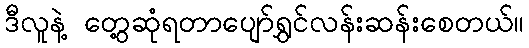
ဒီလူနဲ့ တွေ့ဆုံရတာပျော်ရွှင်လန်းဆန်းစေတယ်။